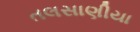
તલસાણીયા